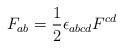
LaTeX: \begin{align*}F_{ab} = {1\over 2} \epsilon_{abcd} F^{cd}\end{align*}